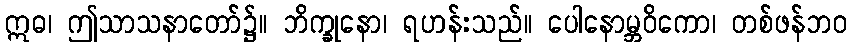
ဣဓ၊ ဤသာသနာတော်၌။ ဘိက္ခုနော၊ ရဟန်းသည်။ ပေါနောမ္ဘဝိကော၊ တစ်ဖန်ဘဝ